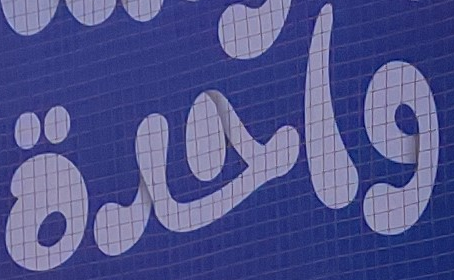
واحدة